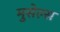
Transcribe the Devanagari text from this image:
मुसेल्स